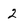
Character: 2